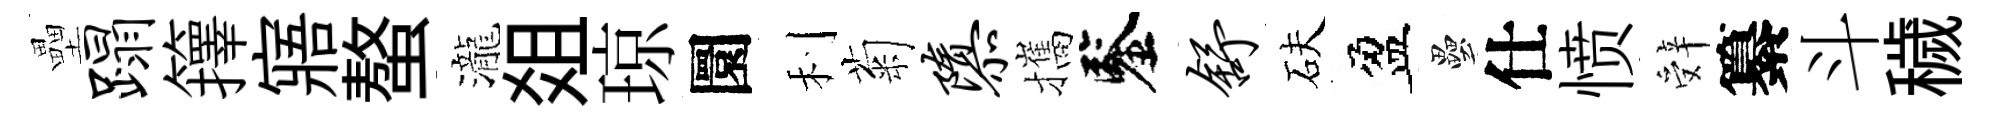
壘蹋籜寤螯瀧爼琼圜利菊隳攜鑒舒砆盈壘仕愤辤纂斗穢